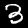
Digit: 3